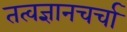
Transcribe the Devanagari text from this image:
तत्वज्ञानचर्चा